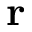
\mathbf { r }